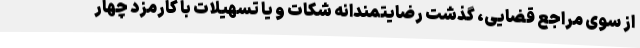
از سوی مراجع قضایی، گذشت رضایتمندانه شکات و یا تسهیلات با کارمزد چهار